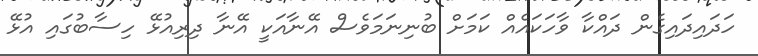
ހަދައިދައިގެން ދައްކާ ވާހަކައެއް ކަމަށް ބުނިނަމަވެސް އޭނާއަކީ އޭނާ ދިރިއުޅޭ ހިސާބުގައި އުޅޭ